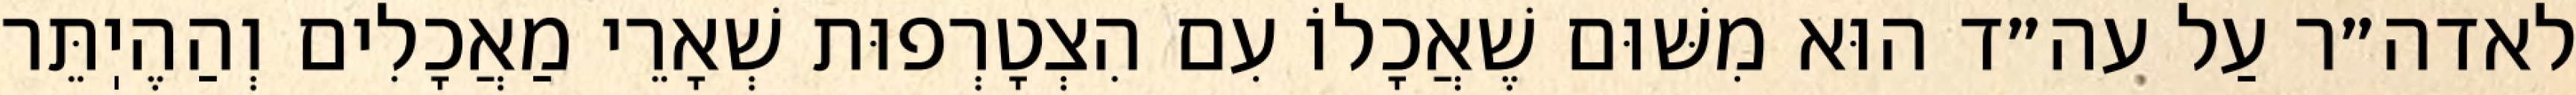
לאדה״ר עַל עה״ד הוּא מִשּׁוּם שֶׁאֲכָלוֹ עִם הִצְטָרְפוּת שְׁאָרֵי מַאֲכָלִים וְהַהֶיֽתֵּר